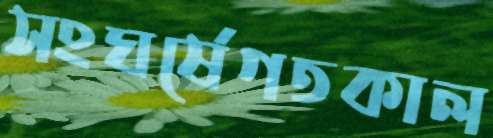
সংঘর্ষেগতকাল